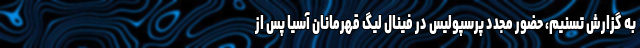
به گزارش تسنیم، حضور مجدد پرسپولیس در فینال لیگ قهرمانان آسیا پس از